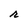
Character: r